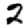
Digit: 2